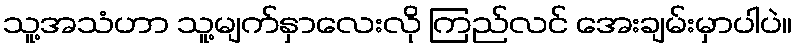
သူ့အသံဟာ သူ့မျက်နှာလေးလို ကြည်လင် အေးချမ်းမှာပါပဲ။